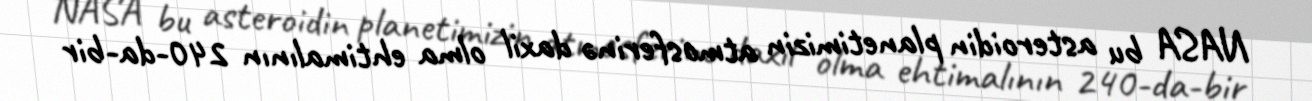
NASA bu asteroidin planetimizin atmosferinə daxil olma ehtimalının 240-da-bir